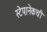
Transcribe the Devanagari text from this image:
स्टेपानेकची